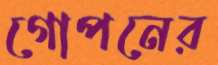
গোপনের